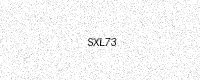
Text: SXL73